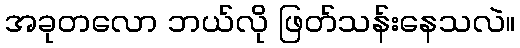
အခုတလော ဘယ်လို ဖြတ်သန်းနေသလဲ။